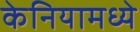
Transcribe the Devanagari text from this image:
केनियामध्ये